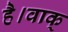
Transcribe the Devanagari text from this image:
है।वाक्